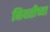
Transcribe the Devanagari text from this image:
नियतीच्या